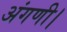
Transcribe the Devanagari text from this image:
अंगणी।